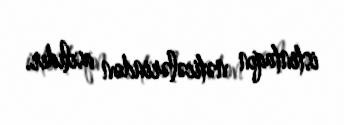
istintaqın nəticələrindən asılıdır.